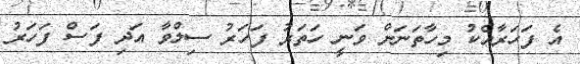
އެ ފަހަރާއެކު މިހާތަނަށް ވަނީ ހަތަރު ފަހަރު ސިލްވާ އަދި ފަސް ފަހަރު